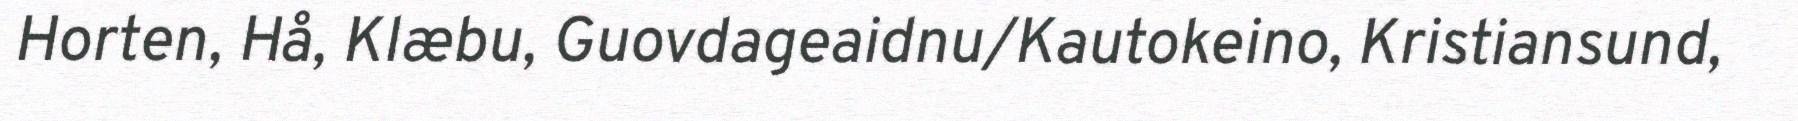
Horten, Hå, Klæbu, Guovdageaidnu/Kautokeino, Kristiansund,